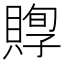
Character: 賯